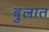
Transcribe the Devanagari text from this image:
बुलात